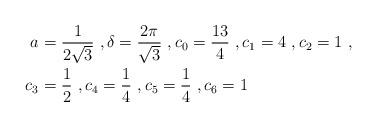
LaTeX: \begin{align*}a&= \frac{1}{2\sqrt{3}} \ , \delta= \frac{2\pi}{\sqrt{3}}\ , c_0= \frac{13}{4}\ , c_1= 4\ , c_2= 1\ , \\c_3&= \frac{1}{2}\ , c_4= \frac{1}{4}\ , c_5= \frac{1}{4} \ , c_6= 1 \end{align*}